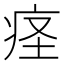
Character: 𫞬